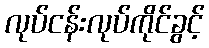
လုပ်ငန်းလုပ်ကိုင်ခွင့်